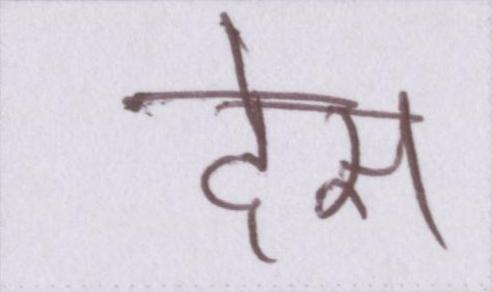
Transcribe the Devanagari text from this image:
देस